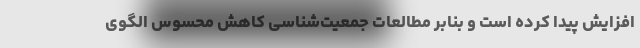
افزایش پیدا کرده است و بنابر مطالعات جمعیت‌شناسی کاهش محسوس الگوی